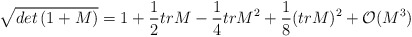
\begin{align*}\sqrt{det \left( 1+M \right)}=1+\frac{1}{2}tr M -\frac{1}{4} trM^2 +\frac{1}{8} (tr M)^2 +{\cal O}(M^3)\end{align*}